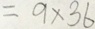
= 9 \times 3 6